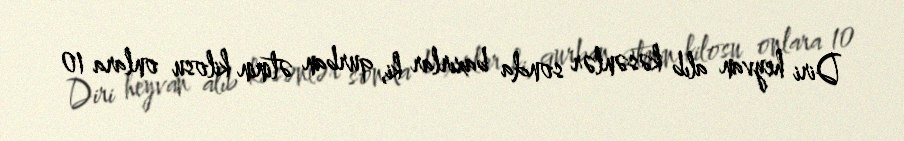
Diri heyvan alıb kəsənlər sonda baxırlar ki, qurban ətinin kilosu onlara 10